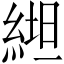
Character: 𱹶